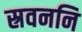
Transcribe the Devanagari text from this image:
स्रवननि